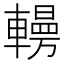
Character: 𰹥